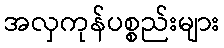
အလှကုန်ပစ္စည်းများ